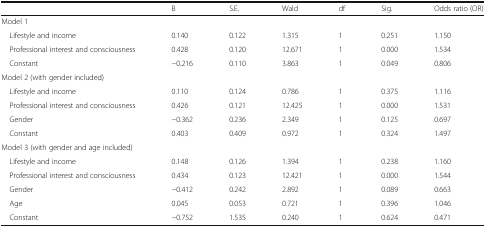
<table><thead><tr><td></td><td><b>B</b></td><td><b>S.E.</b></td><td><b>Wald</b></td><td><b>df</b></td><td><b>Sig.</b></td><td><b>Odds ratio (OR)</b></td></tr></thead><tbody><tr><td colspan="7">Model 1</td></tr><tr><td> Lifestyle and income</td><td>0.140</td><td>0.122</td><td>1.315</td><td>1</td><td>0.251</td><td>1.150</td></tr><tr><td> Professional interest and consciousness</td><td>0.428</td><td>0.120</td><td>12.671</td><td>1</td><td>0.000</td><td>1.534</td></tr><tr><td> Constant</td><td>−0.216</td><td>0.110</td><td>3.863</td><td>1</td><td>0.049</td><td>0.806</td></tr><tr><td colspan="7">Model 2 (with gender included)</td></tr><tr><td> Lifestyle and income</td><td>0.110</td><td>0.124</td><td>0.786</td><td>1</td><td>0.375</td><td>1.116</td></tr><tr><td> Professional interest and consciousness</td><td>0.426</td><td>0.121</td><td>12.425</td><td>1</td><td>0.000</td><td>1.531</td></tr><tr><td> Gender</td><td>−0.362</td><td>0.236</td><td>2.349</td><td>1</td><td>0.125</td><td>0.697</td></tr><tr><td> Constant</td><td>0.403</td><td>0.409</td><td>0.972</td><td>1</td><td>0.324</td><td>1.497</td></tr><tr><td colspan="7">Model 3 (with gender and age included)</td></tr><tr><td> Lifestyle and income</td><td>0.148</td><td>0.126</td><td>1.394</td><td>1</td><td>0.238</td><td>1.160</td></tr><tr><td> Professional interest and consciousness</td><td>0.434</td><td>0.123</td><td>12.421</td><td>1</td><td>0.000</td><td>1.544</td></tr><tr><td> Gender</td><td>−0.412</td><td>0.242</td><td>2.892</td><td>1</td><td>0.089</td><td>0.663</td></tr><tr><td> Age</td><td>0.045</td><td>0.053</td><td>0.721</td><td>1</td><td>0.396</td><td>1.046</td></tr><tr><td> Constant</td><td>−0.752</td><td>1.535</td><td>0.240</td><td>1</td><td>0.624</td><td>0.471</td></tr></tbody></table>